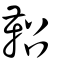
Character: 鞀